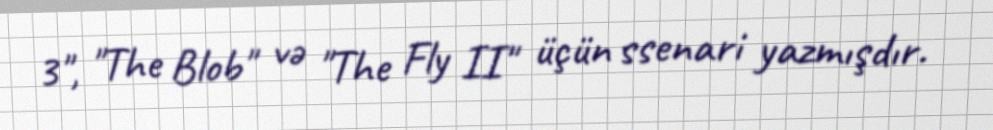
3", "The Blob" və "The Fly II" üçün ssenari yazmışdır.